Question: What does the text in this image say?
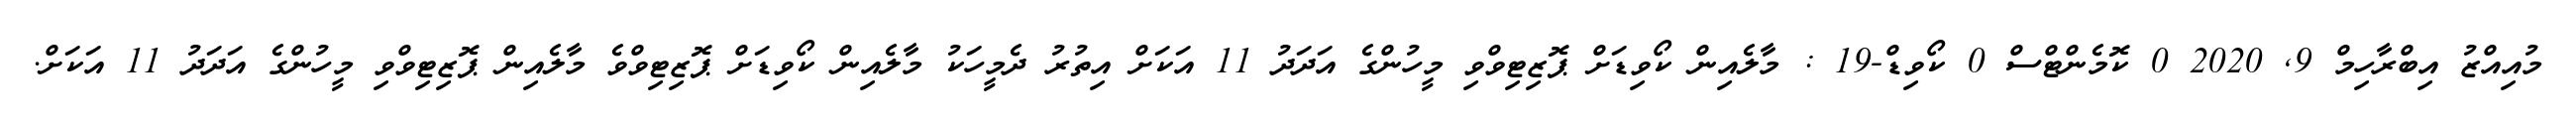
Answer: މުއިއްޒު އިބްރާހިމް 9, 2020 0 ކޮމެންޓްސް 0 ކޯވިޑް-19 : މާލެއިން ކޯވިޑަށް ޕޮޒިޓިވްވި މީހުންގެ އަދަދު 11 އަކަށް އިތުރު ދެމީހަކު މާލެއިން ކޯވިޑަށް ޕޮޒިޓިވްވެ މާލެއިން ޕޮޒިޓިވްވި މީހުންގެ އަދަދު 11 އަކަށް.